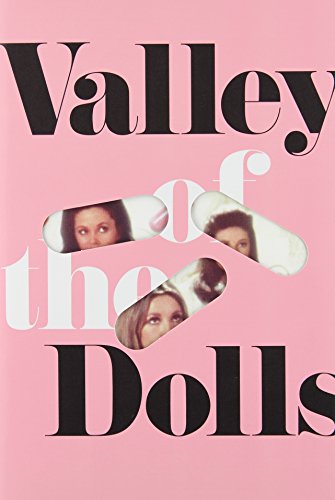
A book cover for Valley of the Dolls; Jacqueline Susann; Literature & Fiction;